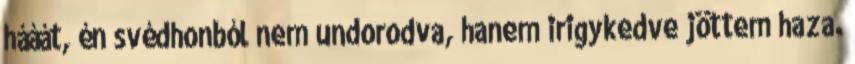
hááát, én svédhonból nem undorodva, hanem irigykedve jöttem haza.